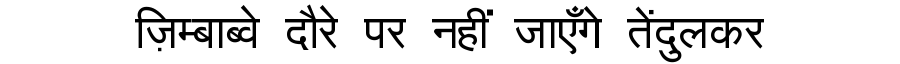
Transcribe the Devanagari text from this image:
ज़िम्बाब्वे दौरे पर नहीं जाएँगे तेंदुलकर